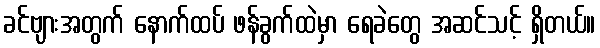
ခင်ဗျားအတွက် နောက်ထပ် ဖန်ခွက်ထဲမှာ ရေခဲတွေ အဆင်သင့် ရှိတယ်။